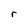
Character: r